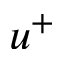
u ^ { + }